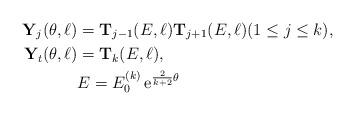
LaTeX: \begin{align*}{ \mathbf Y}_j(\theta,\ell)&={ \mathbf T}_{j-1}(E,\ell){ \mathbf T}_{j+1}(E,\ell) (1\le j\le k), \\{ \mathbf Y}_t(\theta,\ell)&={ \mathbf T}_{k}(E,\ell), \\&E=E_0^{(k)}\, {\rm e}^{\frac{2}{k+2} \theta} \end{align*}